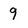
Character: 9